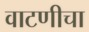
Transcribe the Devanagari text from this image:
वाटणीचा